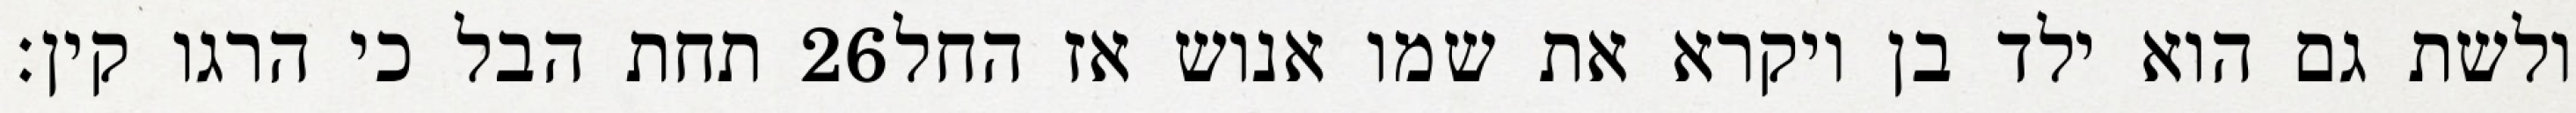
תחת הבל כי הרגו קין׃ ‎26‏ ולשת גם הוא ילד בן ויקרא את שמו אנוש אז החל